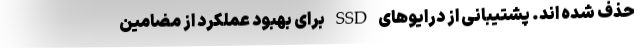
حذف شده اند. پشتیبانی از درایوهای SSD برای بهبود عملکرد از مضامین